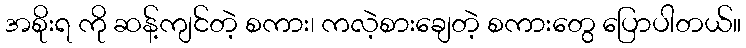
အစိုးရ ကို ဆန့်ကျင်တဲ့ စကား၊ ကလဲ့စားချေတဲ့ စကားတွေ ပြောပါတယ်။